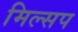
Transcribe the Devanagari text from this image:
मिल्सप